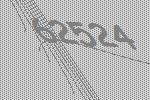
62524